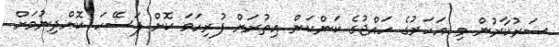
ސަރުކާރުން މި އަހަރުގެ ހައްޖުގެ ކަންކަން އިތުރަށް ފުރިހަމަ ކޮށް ފަސޭހަ ކޮށްދިނުމަށް